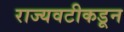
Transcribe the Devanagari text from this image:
राज्यवटीकडून